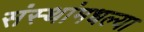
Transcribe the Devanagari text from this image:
संस्थांमधल्या